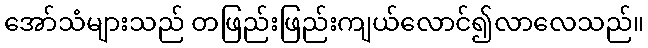
အော်သံများသည် တဖြည်းဖြည်းကျယ်လောင်၍လာလေသည်။